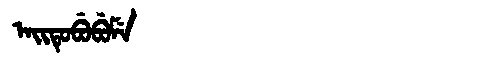
Manchu: ᠠᡳᡨᡠᠪᡠᠪᡠᠮᡝ
Romanization: AITUBUBUME